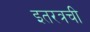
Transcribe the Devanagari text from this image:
इतरत्रची